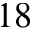
1 8